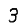
Digit: 3